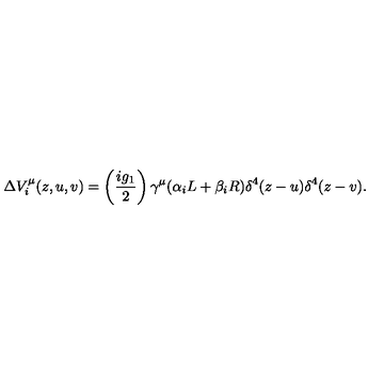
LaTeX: \Delta V _ { i } ^ { \mu } ( z , u , v ) = \left( \frac { i g _ { 1 } } { 2 } \right) \gamma ^ { \mu } ( \alpha _ { i } L + \beta _ { i } R ) \delta ^ { 4 } ( z - u ) \delta ^ { 4 } ( z - v ) .